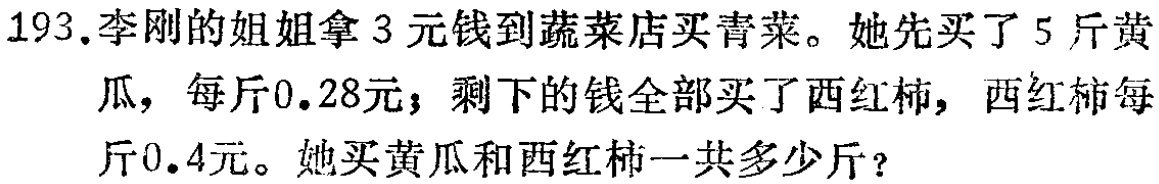
193.李刚的姐姐拿3元钱到蔬菜店买青菜。她先买了5斤黄瓜，每斤0.28元；剩下的钱全部买了西红柿，西红柿每斤0.4元。她买黄瓜和西红柿一共多少斤？